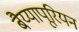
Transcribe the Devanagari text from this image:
बैय्यापूरियन